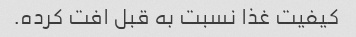
کیفیت غذا نسبت به قبل افت کرده.